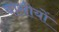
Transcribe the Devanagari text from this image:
वासीयों